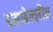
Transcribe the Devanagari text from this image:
इसाबेल्लीन